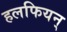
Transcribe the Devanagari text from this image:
हलफियन्